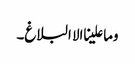
وما علینا الا البلاغ۔